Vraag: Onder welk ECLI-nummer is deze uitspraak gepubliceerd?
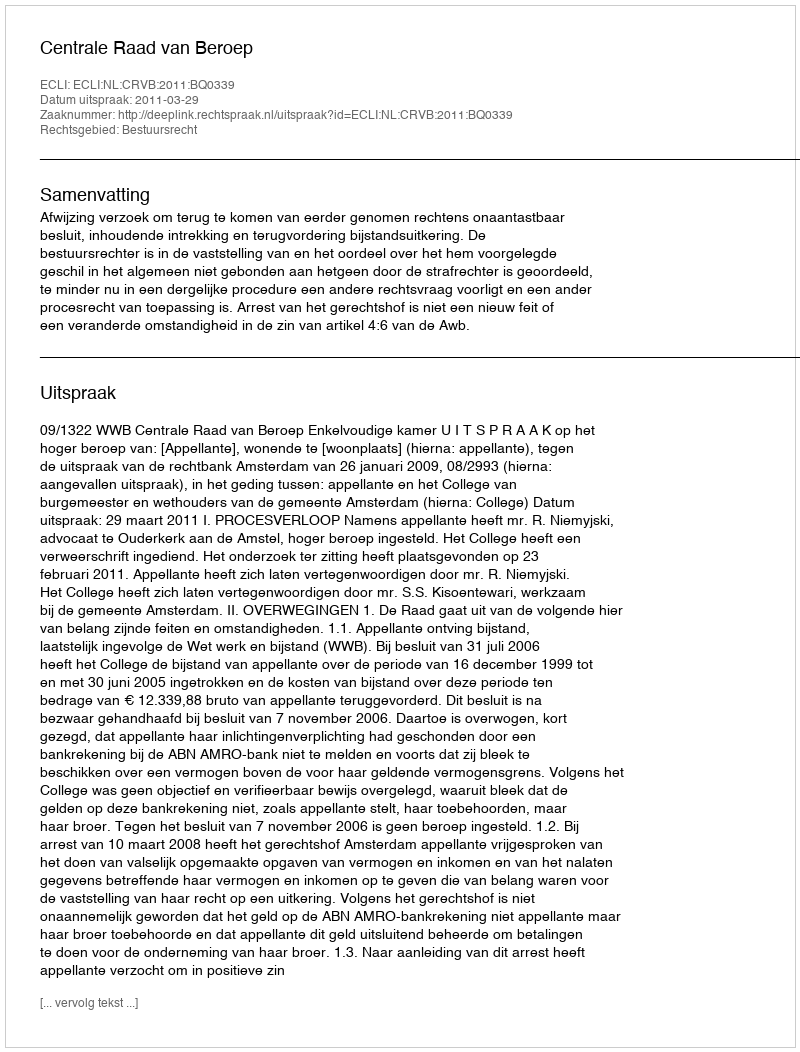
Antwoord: ECLI:NL:CRVB:2011:BQ0339